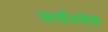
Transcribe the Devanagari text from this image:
सर्वश्वेष्ठ